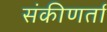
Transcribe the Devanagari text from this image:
संकीणर्ता